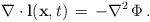
LaTeX: \begin{align*}\nabla \cdot {\bf l}({\bf x}, t)\, =\, - \nabla^{2}\, \Phi\, .\end{align*}